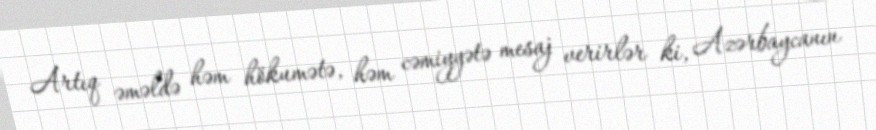
Artıq əməldə həm hökumətə, həm cəmiyyətə mesaj verirlər ki, Azərbaycanın